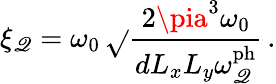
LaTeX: \xi_{\mathscr{Q}}=\omega_{0}\, \sqrt{}{{\frac{{2\pia^{3}\omega_{0}}}{{dL_{x}L_{y}\omega_{\mathscr{Q}}^{\mathrm{{ph}}}}}}}\, .